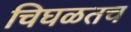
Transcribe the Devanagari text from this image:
चिघळतच